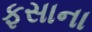
ફસાના